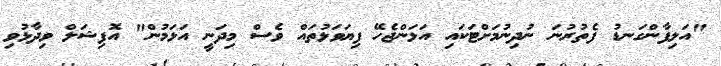
"އަލިފާންގަނޑު ފެތުރުނަ ނުދިނުމަށްޓަަކައި އަޅަންޖެހޭ ފިޔަވަޅުތައް ވެސް މިދަނީ އަޅަމުން" އޮފިޝަލް ވިދާޅުވި